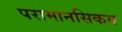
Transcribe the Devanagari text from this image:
परामानसिकय